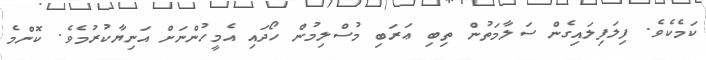
ކަމެކެވެ. ފިލަފިލައިގެން ސަލާމަތުން ތިބި ޢަރަބި މުސްލިމުން ހޯދައި އެމީހުންނަށް އަނިޔާކުރުމެވެ. ކޮންމެ